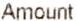
AMOUNT